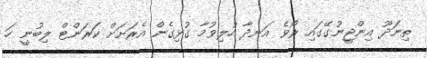
ތިނަދޫ އިންޖީނުގޭގައި ރޯވެ އަނދާ ހުލިވުމާ ގުޅިގެން އެރަށަށް ކަރަންޓް ލިބުނީ ހަ